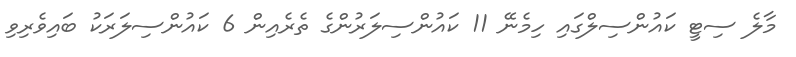
މާލެ ސިޓީ ކައުންސިލްގައި ހިމެނޭ 11 ކައުންސިލަރުންގެ ތެރެއިން 6 ކައުންސިލަރަކު ބައިވެރިވި